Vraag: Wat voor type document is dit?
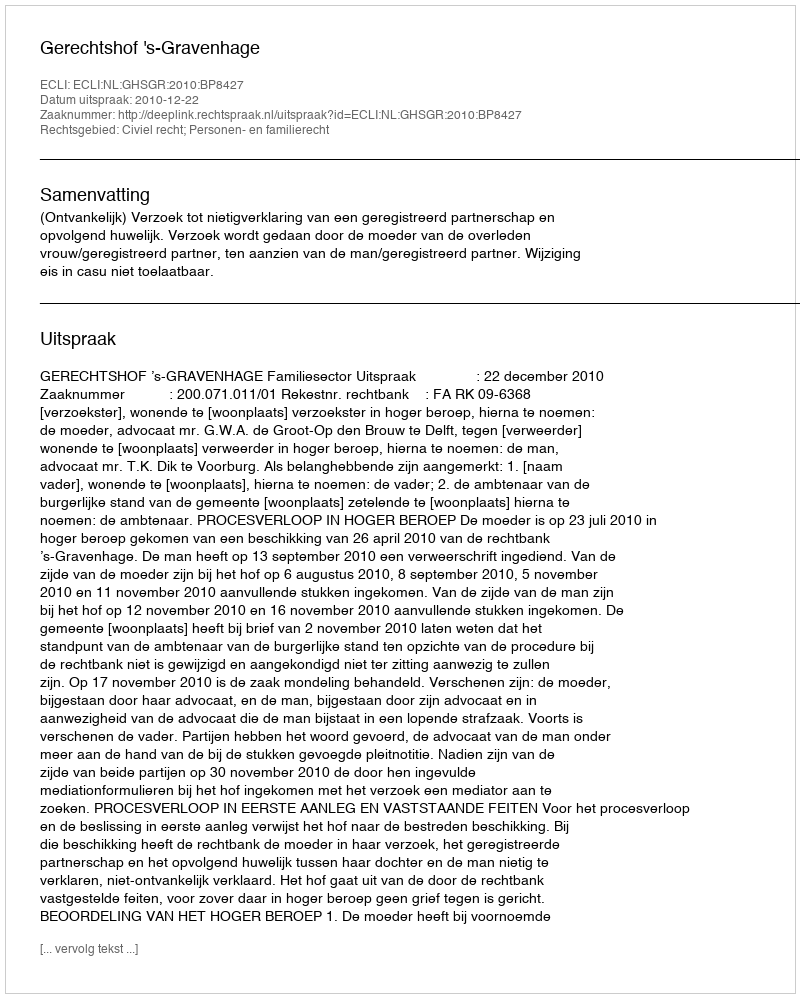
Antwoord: Uitspraak